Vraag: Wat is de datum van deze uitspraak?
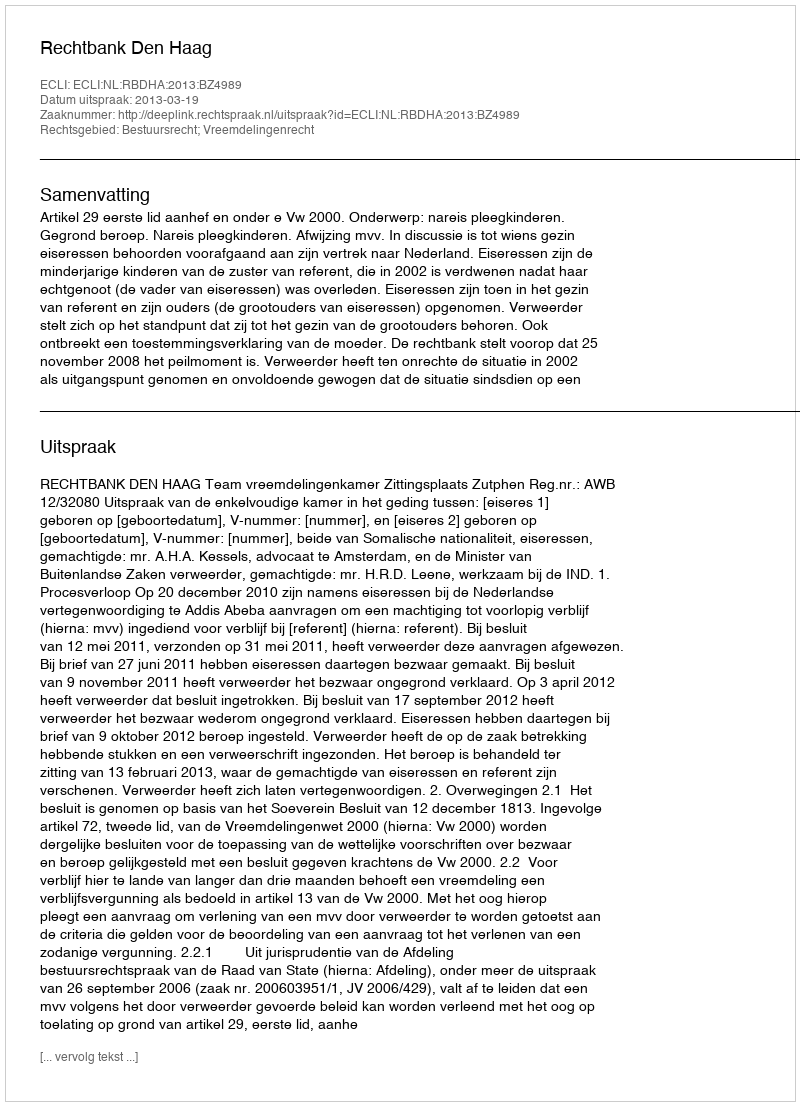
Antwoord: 2013-03-19